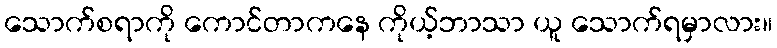
သောက်စရာကို ကောင်တာကနေ ကိုယ့်ဘာသာ ယူ သောက်ရမှာလား။